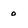
Character: 0